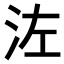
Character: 𣳇